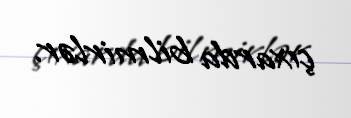
çıxarda bilmirlər.